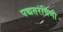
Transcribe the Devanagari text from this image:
पद्मतरंगिणी